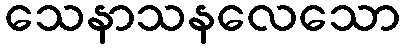
သေနာသနလေသော